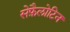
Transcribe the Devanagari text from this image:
सेफ़ैलोटिन